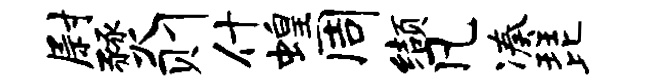
尉燹则什蝗周缬凡凑琵